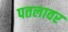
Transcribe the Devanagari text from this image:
पतलावर